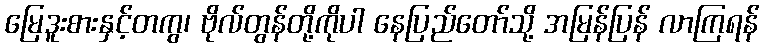
မြေဒူးစားနှင့်တကွ၊ ဗိုလ်တွန်တို့ကိုပါ နေပြည်တော်သို့ အမြန်ပြန် လာကြရန်